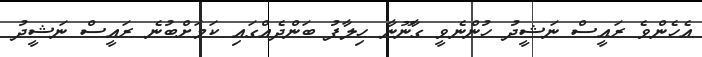
އެހެންވެ ރައީސް ނަޝީދު ހުންނެވީ ގާނޫނާ ހިލާފު ބަންދެއްގައި ކަމަށްބުނެ ރައީސް ނަޝީދު